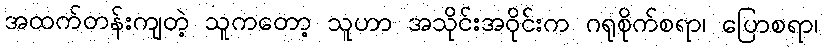
အထက်တန်းကျတဲ့ သူကတော့ သူဟာ အသိုင်းအဝိုင်းက ဂရုစိုက်စရာ၊ ပြောစရာ၊